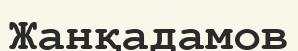
Жанқадамов